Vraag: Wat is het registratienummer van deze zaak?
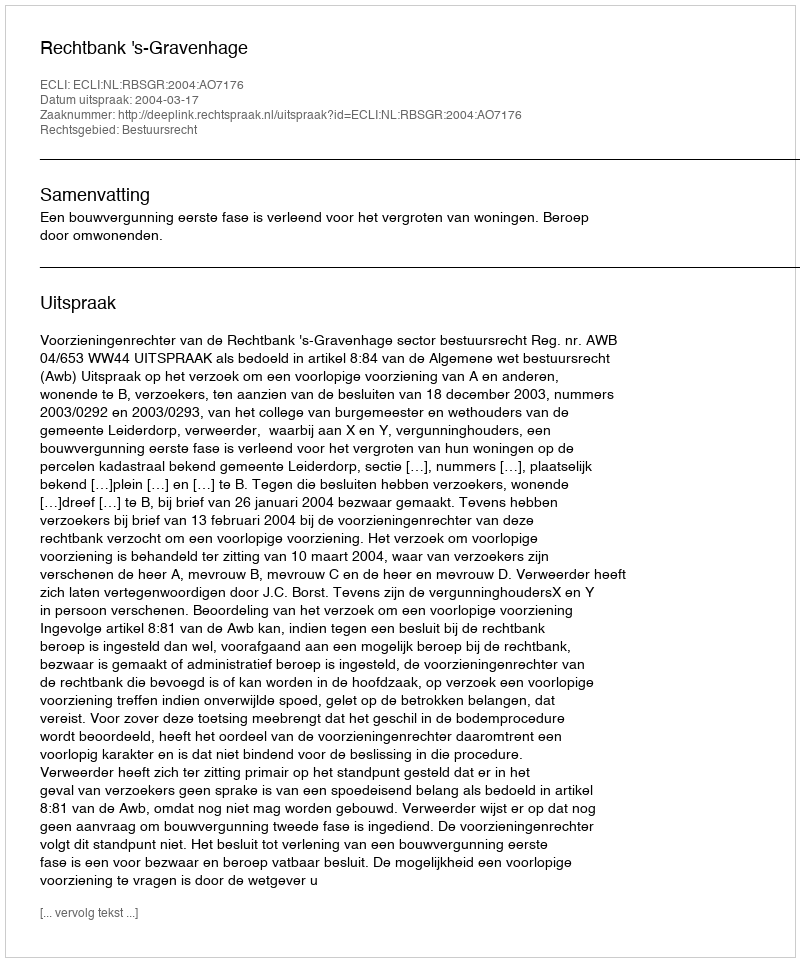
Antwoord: http://deeplink.rechtspraak.nl/uitspraak?id=ECLI:NL:RBSGR:2004:AO7176